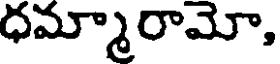
ధమ్మారామో,